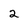
Character: 2